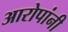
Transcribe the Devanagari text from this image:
आरोपांनी